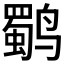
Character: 𱊬